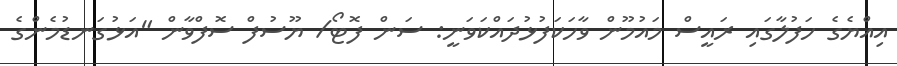
އިއްޔެގެ ހަފުލާގައި ރައީސް މައުމޫން ވާހަކަފުޅުދައްކަވަނީ: ސަން ފޮޓޯ/ ޔޫސުފް ސޮފްވާން "އަޅުގަނޑުމެންގެ